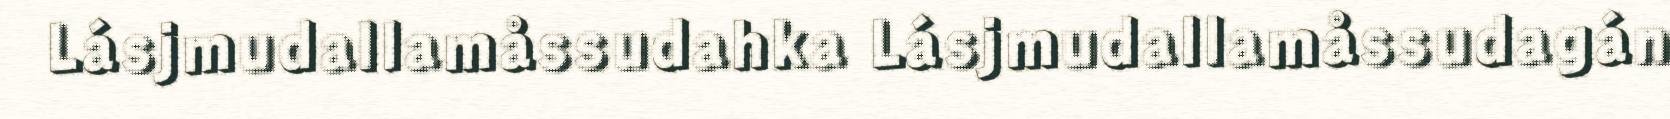
Lásjmudallamåssudahka Lásjmudallamåssudagán